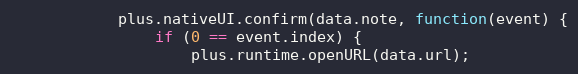
Language: JavaScript
			plus.nativeUI.confirm(data.note, function(event) {
				if (0 == event.index) {
					plus.runtime.openURL(data.url);